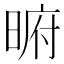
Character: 𭦥